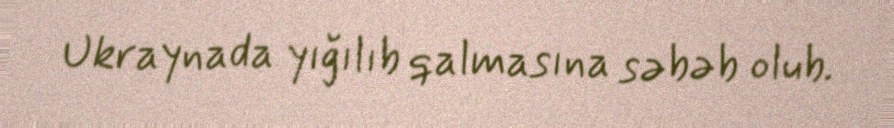
Ukraynada yığılıb qalmasına səbəb olub.